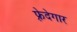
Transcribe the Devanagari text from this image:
फ़्रेदेगार